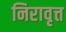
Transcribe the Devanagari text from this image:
निरावृत्त